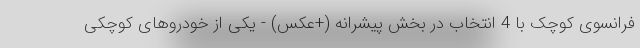
فرانسوی کوچک با 4 انتخاب در بخش پیشرانه (+عکس) - یکی از خودروهای کوچکی